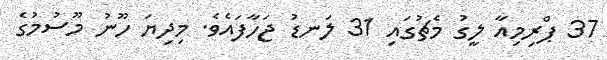
37 ޕްރިމިއާ ލީގު މެޗުގައި 31 ލަނޑު ޖަހާފައެވެ. މިދިޔަ ހޫނު މޫސުމުގެ